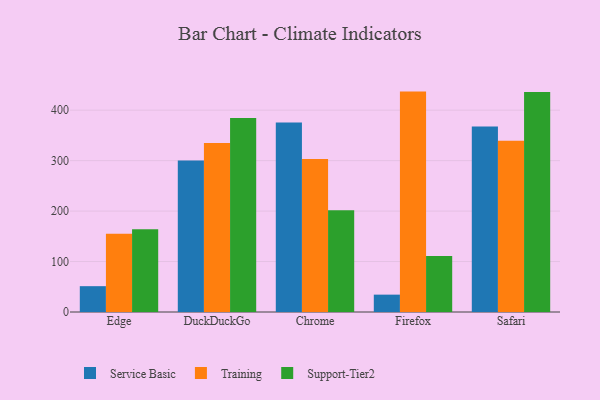
{"axis": {"x": "Browser", "y": "Headcount"}, "legend": ["Service Basic", "Support-Tier2", "Training"], "data": [{"x": "Edge", "y": 51.2, "type": "Service Basic"}, {"x": "Edge", "y": 155.3, "type": "Training"}, {"x": "Edge", "y": 164.2, "type": "Support-Tier2"}, {"x": "DuckDuckGo", "y": 300.4, "type": "Service Basic"}, {"x": "DuckDuckGo", "y": 334.9, "type": "Training"}, {"x": "DuckDuckGo", "y": 384.7, "type": "Support-Tier2"}, {"x": "Chrome", "y": 375.6, "type": "Service Basic"}, {"x": "Chrome", "y": 303.2, "type": "Training"}, {"x": "Chrome", "y": 201.7, "type": "Support-Tier2"}, {"x": "Firefox", "y": 34.4, "type": "Service Basic"}, {"x": "Firefox", "y": 436.8, "type": "Training"}, {"x": "Firefox", "y": 111.1, "type": "Support-Tier2"}, {"x": "Safari", "y": 367.6, "type": "Service Basic"}, {"x": "Safari", "y": 339.2, "type": "Training"}, {"x": "Safari", "y": 435.8, "type": "Support-Tier2"}]}